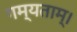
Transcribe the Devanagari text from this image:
गम्यताम्।